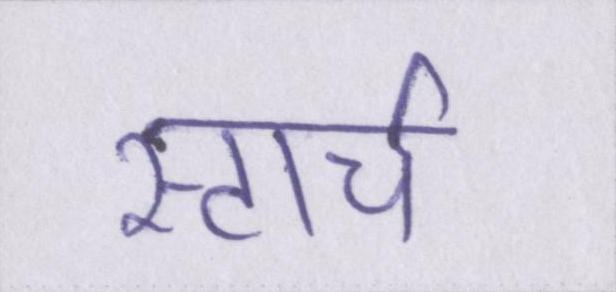
स्टार्च